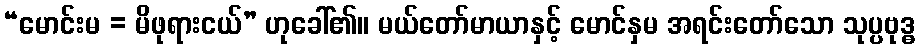
“မောင်းမ = မိဖုရားငယ်” ဟုခေါ်၏။ မယ်တော်မာယာနှင့် မောင်နှမ အရင်းတော်သော သုပ္ပဗုဒ္ဓ